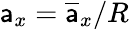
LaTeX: \mathsf{a}_{x}=\overline{{{\mathsf{a}}}}_{x}/R